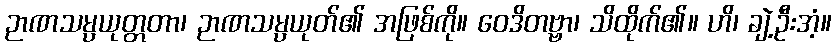
ဉာဏသမ္ပယုတ္တတာ၊ ဉာဏသမ္ပယုတ်၏ အဖြစ်ကို။ ဝေဒိတဗ္ဗာ၊ သိထိုက်၏။ ဟိ၊ ချဲ့ဦးအံ့။